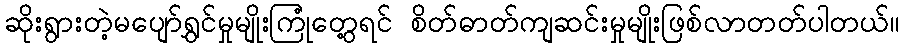
ဆိုးရွားတဲ့မပျော်ရွှင်မှုမျိုးကြုံတွေ့ရင် စိတ်ဓာတ်ကျဆင်းမှုမျိုးဖြစ်လာတတ်ပါတယ်။